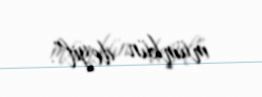
mümkün deyil”.